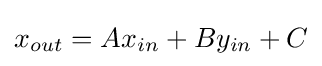
x_{out}=Ax_{in}+By_{in}+C